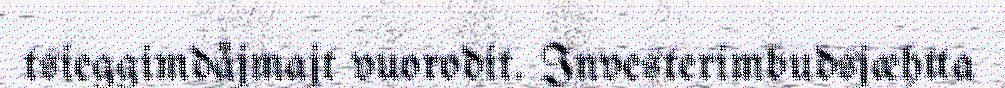
tsieggimdåjmajt vuorodit. Investerimbudsjæhtta